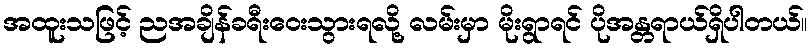
အထူးသဖြင့် ညအချိန်ခရီးဝေးသွားရလို့ လမ်းမှာ မိုးရွာရင် ပိုအန္တရာယ်ရှိပါတယ်။